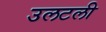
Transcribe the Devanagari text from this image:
उलटली